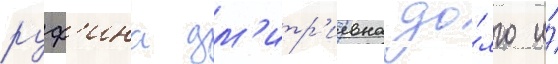
руф'ина дм'итр'иевна до́лго и́